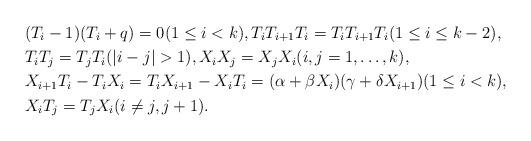
LaTeX: \begin{align*}& (T_{i}-1)(T_{i}+q)=0 (1 \le i<k), T_{i}T_{i+1}T_{i}=T_{i}T_{i+1}T_{i} (1 \le i \le k-2), \\ & T_{i}T_{j}=T_{j}T_{i} (|i-j|>1), X_{i}X_{j}=X_{j}X_{i} (i, j=1, \ldots , k), \\ & X_{i+1}T_{i}-T_{i}X_{i}=T_{i}X_{i+1}-X_{i}T_{i}=(\alpha+\beta X_{i})(\gamma+\delta X_{i+1}) (1\le i<k), \\ & X_{i}T_{j}=T_{j}X_{i}(i\not=j, j+1). \end{align*}